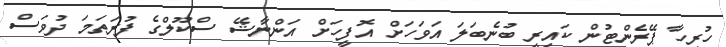
ހުރިހާ ޕޭރެންޓުން ކައިރީ ބުނެބަލަ އަވަހަށް އޮފީހަށް އަންނާޝޭ ސްކޫލްގެ ފުރަތަމަ ދުވަސް